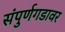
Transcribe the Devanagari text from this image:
संपुर्णगडावर